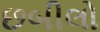
છબીલો